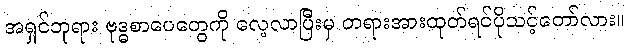
အရှင်ဘုရား ဗုဒ္ဓစာပေတွေကို လေ့လာပြီးမှ တရားအားထုတ်ရင်ပိုသင့်တော်လား။